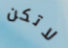
لاتكن